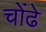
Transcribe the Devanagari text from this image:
चोंढे